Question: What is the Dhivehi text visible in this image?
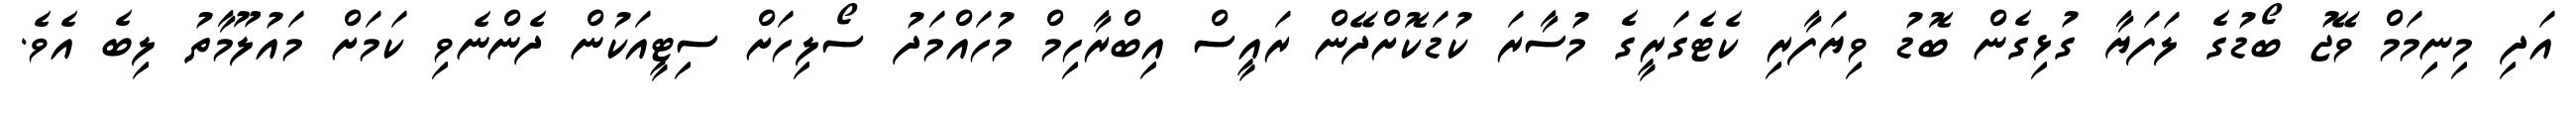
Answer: އަދި މިނިމަމް ވޭޖު ބޯޑުގެ ލަފަޔާ ގުޅިގެން ބޮޑު ވިޔަފާރި ކެޓެގަރީގެ މުސާރަ ކުޑަކޮށްދޭން ރައީސް އިބްރާހިމް މުހައްމަދު ސޯލިހަށް ސިޓީއަކުން ދެންނެވި ކަމަށް މައުލޫމާތު ލިބެ އެވެ.